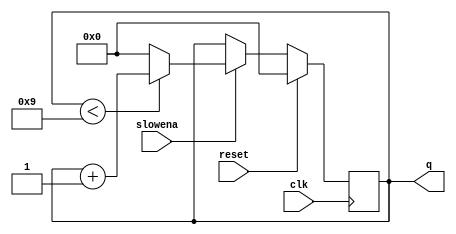
module top_module (
    input wire clk,
    input wire slowena,
    input wire reset,
    output reg [3:0] q
);

    // Decade counter logic: Reset q when reset is high, increment q if slowena is high and q is less than 9, otherwise wrap q to 0
    always @(posedge clk) begin
        if (reset) begin
            q <= 4'b0000; // Reset the counter to 0
        end 
        else if (slowena) begin
            if (q < 4'b1001) begin
                q <= q + 1; // Increment the counter if it's less than 9
            end 
            else begin
                q <= 4'b0000; // Wrap the counter back to 0 if it reaches 9
            end
        end
    end
endmodule